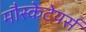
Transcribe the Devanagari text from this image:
मौस्केटेयर्स